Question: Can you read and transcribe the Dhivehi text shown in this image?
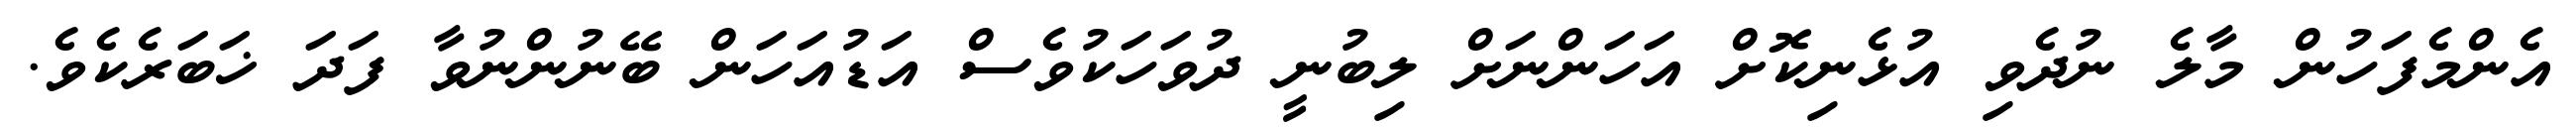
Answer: އެންމެފަހުން މާލެ ނުދެވި އުޅެނިކޮށް އަހަންނަށް ލިބުނީ ދުވަހަކުވެސް އަޑުއަހަން ބޭނުންނުވާ ފަދަ ޚަބަރެކެވެ.